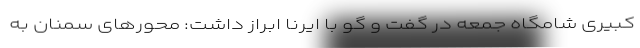
کبیری شامگاه جمعه در گفت و گو با ایرنا ابراز داشت: محورهای سمنان به